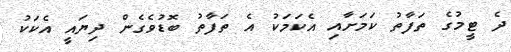
ދެ ޓީމުގެ ތަފާތު ކަމަށާއި އެކަމަކު އެ ތަފާތު ބޮޑުވެގެން ދިޔައީ އެކަކު